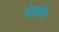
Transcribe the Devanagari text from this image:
डेलमैन